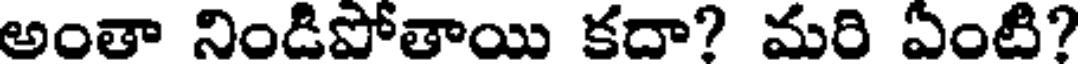
అంతా నిండిపోతాయి కదా? మరి ఏంటి?